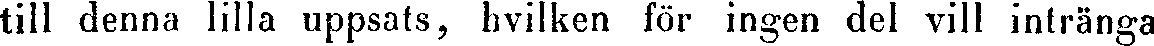
till denna lilla uppsats, hvilken för ingen del vill intränga